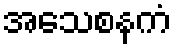
အသေစနကံ